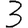
Digit: 3